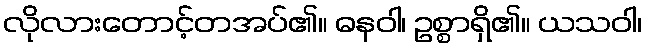
လိုလားတောင့်တအပ်၏။ ဓနဝါ၊ ဥစ္စာရှိ၏။ ယသဝါ၊